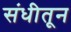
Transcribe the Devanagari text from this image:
संधीतून